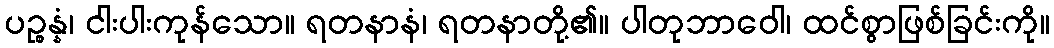
ပဉ္စန္နံ၊ ငါးပါးကုန်သော။ ရတနာနံ၊ ရတနာတို့၏။ ပါတုဘာဝေါ၊ ထင်စွာဖြစ်ခြင်းကို။